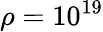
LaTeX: \rho=10^{19}